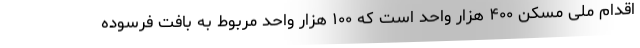
اقدام ملی مسکن ۴۰۰ هزار واحد است که ۱۰۰ هزار واحد مربوط به بافت فرسوده